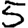
Digit: 5